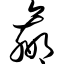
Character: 嬴